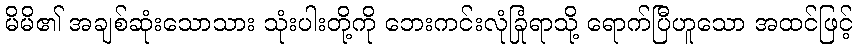
မိမိ၏ အချစ်ဆုံးသောသား သုံးပါးတို့ကို ဘေးကင်းလုံခြုံရာသို့ ရောက်ပြီဟူသော အထင်ဖြင့်